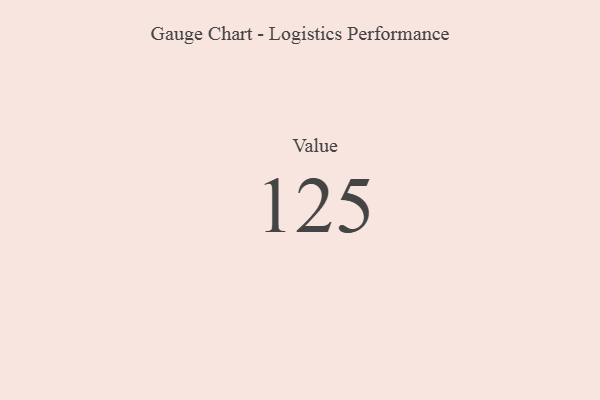
{"axis": {"x": "Metric", "y": "Value"}, "legend": [""], "data": [{"x": "Value", "y": 125, "type": ""}]}